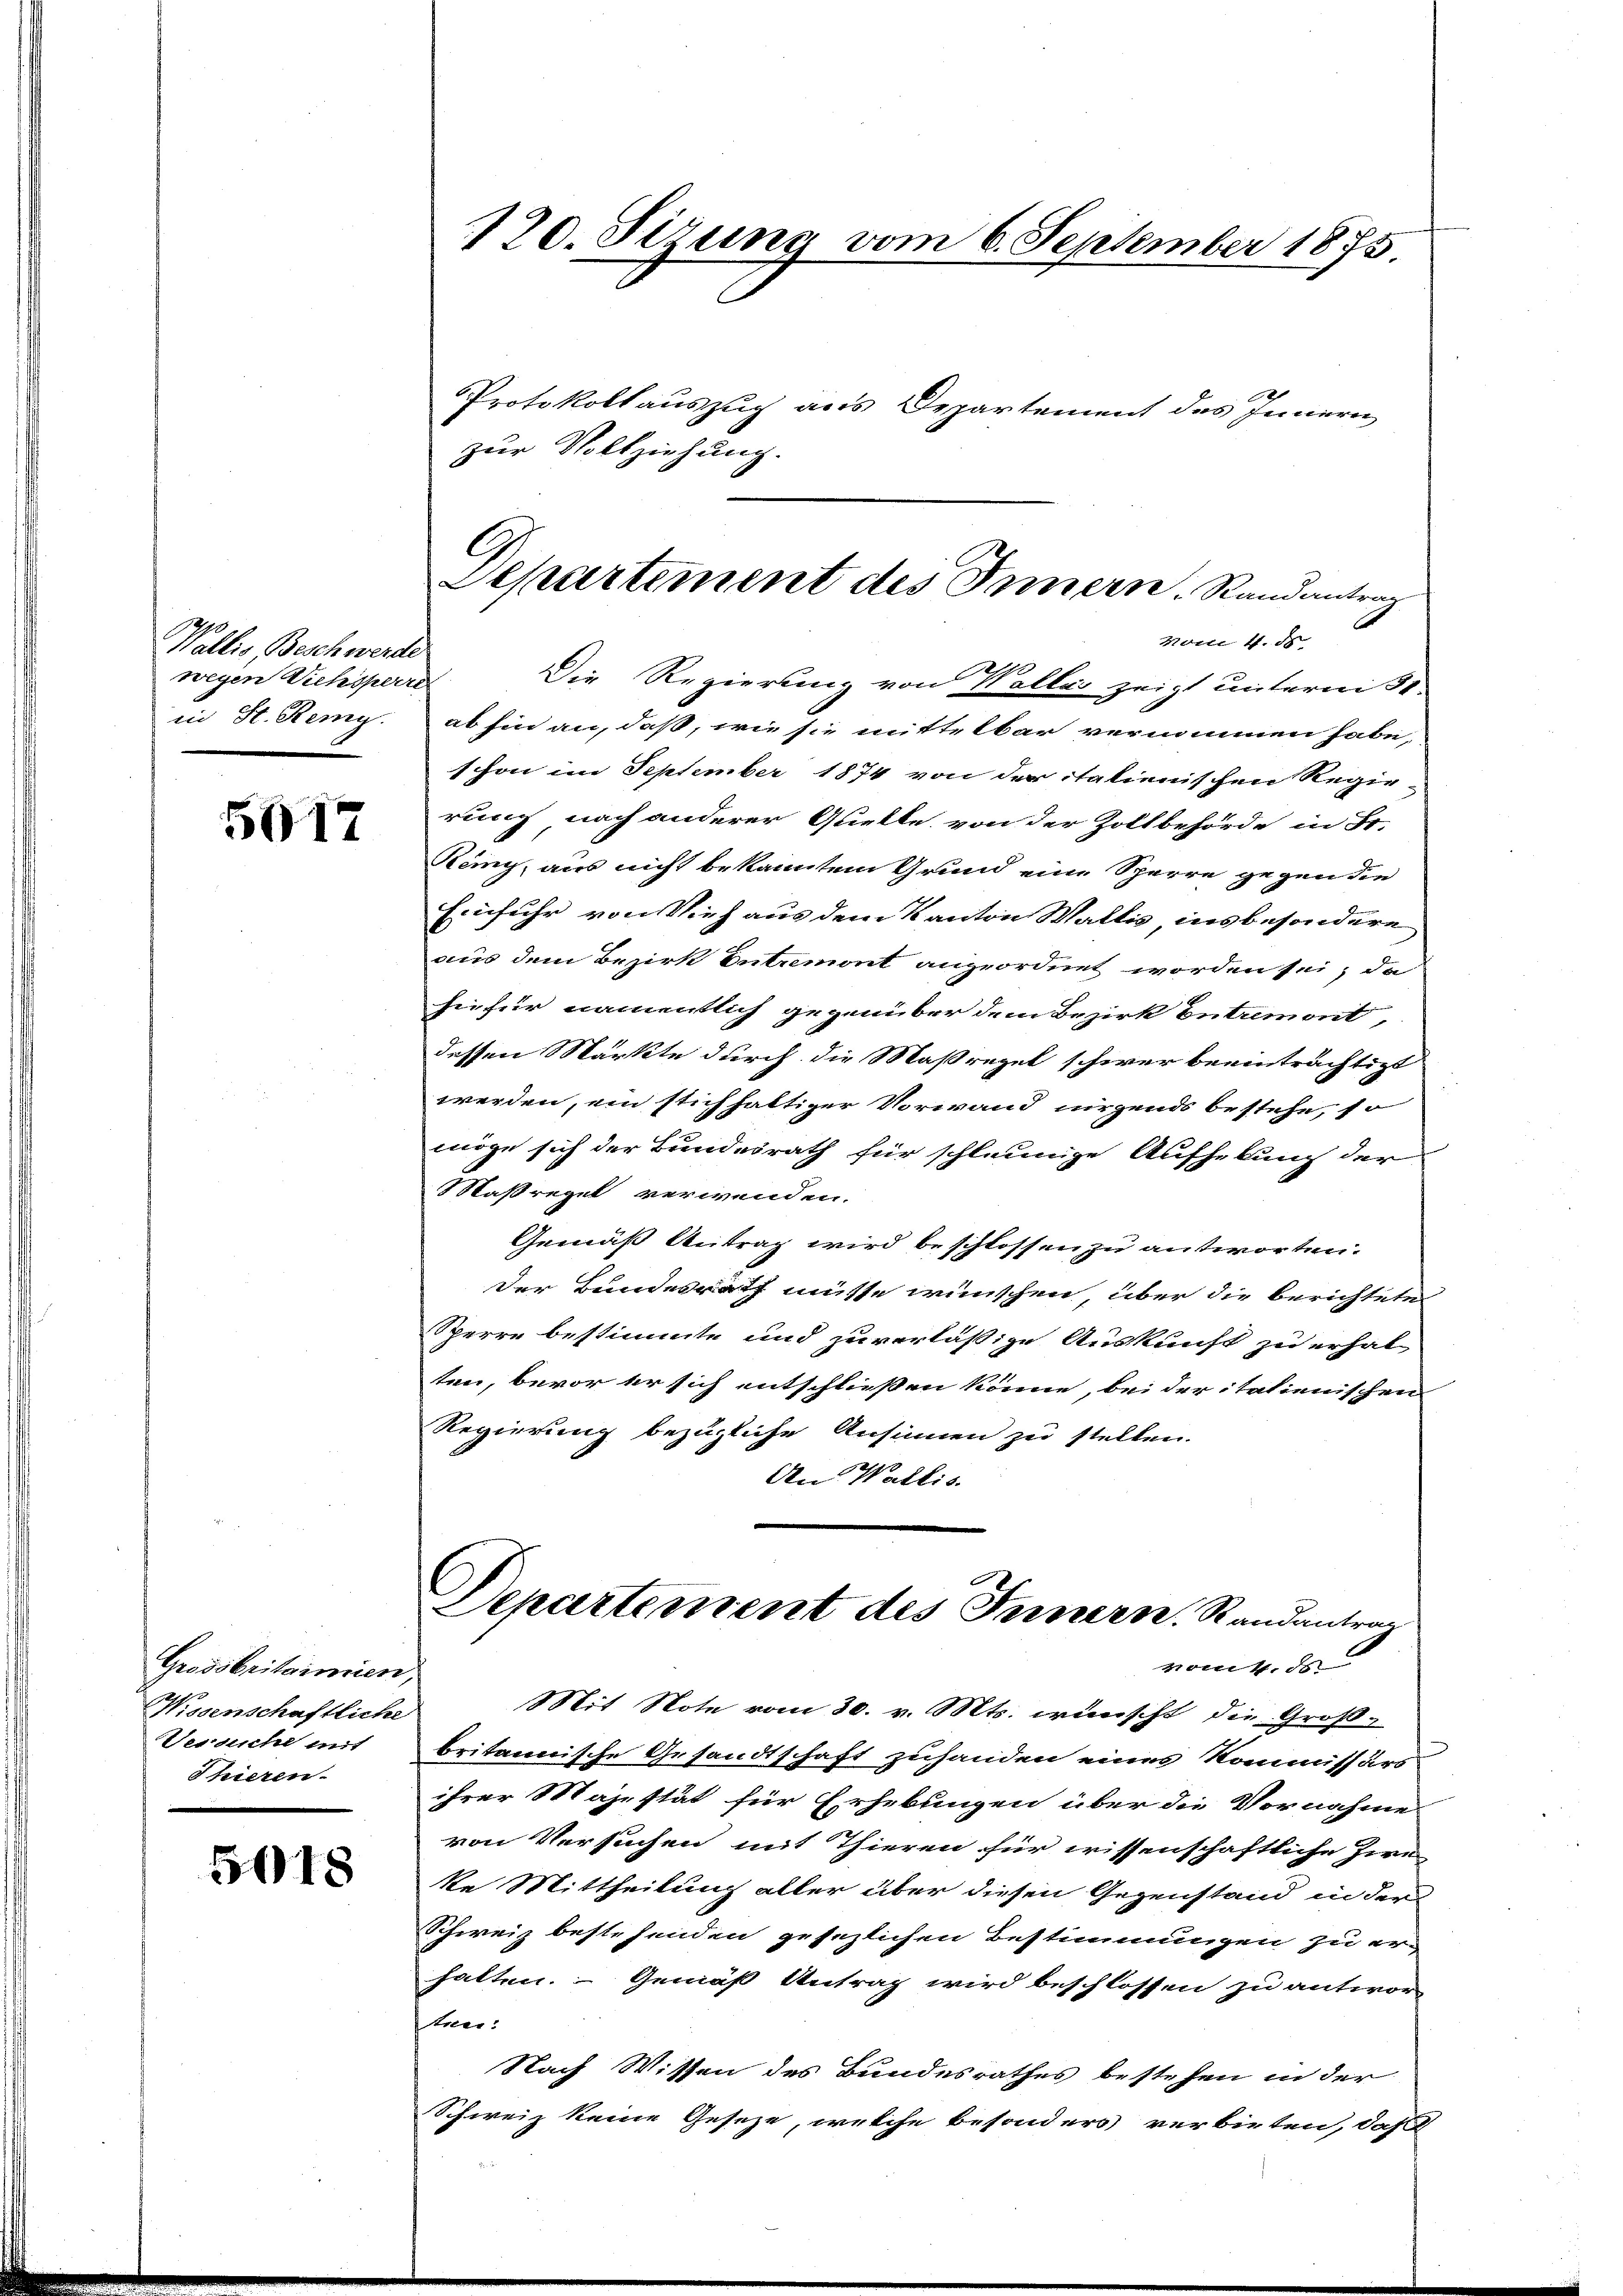
Wallis Beschwerde
wegen Viehsperre
in St. Remy.

5012

Grossbritainien,
Wissenschaftliche
Versihl mit
Thieren.

5018

120. Sirung vom 6. September 1875
Protokollauszug aus Departement des Innern
zur Vollziehung.

Die Regierung von Wallis zeigt unterm 31.
ab hin an, daß, wie sie mittelbar vernommen habe,
schon im September 1874 von der italienischen Regie
rung nach anderer Quelle, von der Zollbehörde in Be-
Reig, aus nicht bekanntem Grund eine Sperre gegen die
Einfuhr von Vieh aus dem Kanton Wallis, insbesondere
auch dem Bezirk entremont angeordnet worden sei, da
hiefür namentlich gegenüber dem Bezirk Entremont,
dessen Markte durch die Maßregel schwer beeinträchtigt
werden, ein stichhaltiger Vorwand nirgends bestehe, so
möge sich der Bundesrath für schleunige Aufhebung der
Maßregel verwenden.
Gemäß Antrag wird beschlossen zu antworten.
Der Bundesrath müsse wünschen, über die berichteten
Sperre bestimmte und zuverlässige Auskunft zu erhal-
ten, bevor er sich entschließen könne, bei der italienischen
Regierung bezügliche Ansinnen zu stellen.
An Wallis.
Departement des Innern. Randantrag
vom 4. ds
Mit Note vom 30. v. Mts. wünscht die Groß
britannische Gesandtschaft zuhanden eines Kommissärs
ihrer Majestät für Erhebungen über die Vornahme
von Versuchen mit Thieren für wissenschaftliche Zie
ke Mittheilung aller über diesen Gegenstand in der
Schweiz bestehenden gesezlichen Bestimmungen zu er-
halten. Gemäß Antrag wird beschlossen zu antwor-
tner:
Nach Wissen des Bundesrathes bestehen in der
Schweiz keine Geseze, welche besonders verbieten, daß

Departement des Innern Randantrag
vom 4. ds.